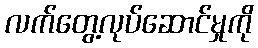
လက်တွေ့လုပ်ဆောင်မှုကို